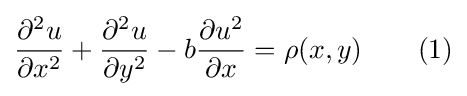
{\frac {\partial ^{2}u}{\partial x^{2}}}+{\frac {\partial ^{2}u}{\partial y^{2}}}-b{\frac {\partial u^{2}}{\partial x}}=\rho (x,y)\qquad (1)